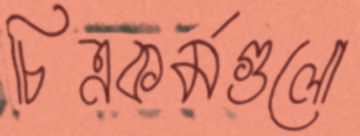
চিত্রকর্মগুলো